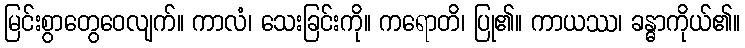
မြင်းစွာတွေဝေလျက်။ ကာလံ၊ သေးခြင်းကို။ ကရောတိ၊ ပြု၏။ ကာယဿ၊ ခန္ဓာကိုယ်၏။